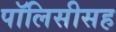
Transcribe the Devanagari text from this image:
पॉलिसीसह